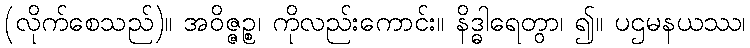
(လိုက်စေသည်)။ အဝိဇ္ဇဉ္စ၊ ကိုလည်းကောင်း။ နိဒ္ဓါရေတွာ၊ ၍။ ပဌမနယဿ၊